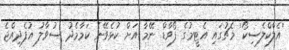
'އެލްކްލެސިކޯ' މެޗުގައި އެޓީމުގެ ފޯވާޑް ނޭމާ އަށް ކުޅެވޭނެ ކަމާމެދު ސުވާލު އުފެދިއްޖެ